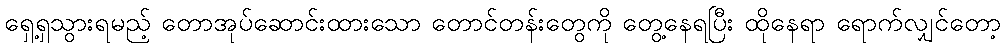
ရှေ့ရှသွားရမည့် တောအုပ်ဆောင်းထားသော တောင်တန်းတွေကို တွေ့နေရပြီး ထိုနေရာ ရောက်လျှင်တော့